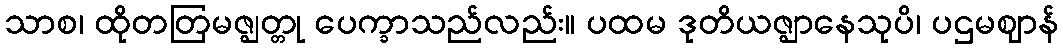
သာစ၊ ထိုတတြမဇ္ဈတ္တု ပေက္ခာသည်လည်း။ ပထမ ဒုတိယဇ္ဈာနေသုပိ၊ ပဌမဈာန်